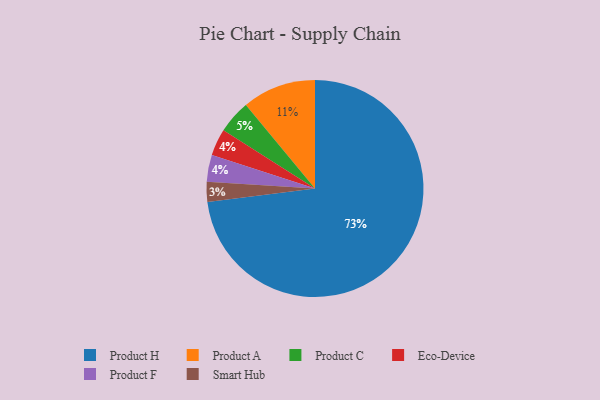
{"axis": {"x": "Category", "y": "Percentage"}, "legend": ["Eco-Device", "Product A", "Product C", "Product F", "Product H", "Smart Hub"], "data": [{"x": "Product C", "y": 5, "type": "Product C"}, {"x": "Product A", "y": 11, "type": "Product A"}, {"x": "Smart Hub", "y": 3, "type": "Smart Hub"}, {"x": "Eco-Device", "y": 4, "type": "Eco-Device"}, {"x": "Product H", "y": 73, "type": "Product H"}, {"x": "Product F", "y": 4, "type": "Product F"}]}